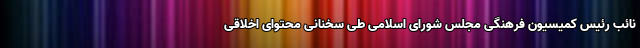
نائب رئیس کمیسیون فرهنگی مجلس شورای اسلامی طی سخنانی محتوای اخلاقی